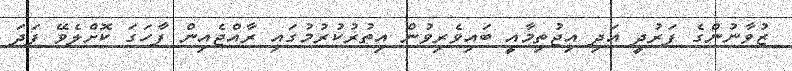
ޒުވާނުންގެ ފަރުދީ އަދި އިޖުތިމާއީ ބައިވެރިވުން އިތުރުކުރުމުގައި ރާއްޖެއިން ފާހަގަ ކޮށްލެވޭ ފަދަ